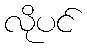
လိုပင်